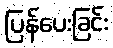
ပြန်ပေးခြင်း